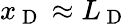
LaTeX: x_{\mathrm{~D~}}\approx L_{\mathrm{~D~}}